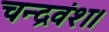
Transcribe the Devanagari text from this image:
चन्द्रवंश।